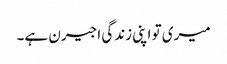
میری تو اپنی زندگی اجیرن ہے۔